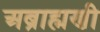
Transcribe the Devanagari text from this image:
अब्राह्मणी